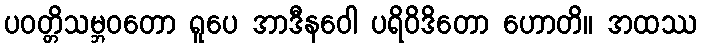
ပဝတ္တိသမ္ဘဝတော ရူပေ အာဒီနဝေါ ပရိဝိဒိတော ဟောတိ။ အထဿ